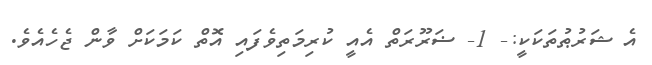
އެ ޝަރުޠުތަކަކީ:- 1- ޟަރޫރަތް އެއީ ކުރިމަތިވެފައި އޮތް ކަމަކަށް ވާން ޖެހެއެވެ.